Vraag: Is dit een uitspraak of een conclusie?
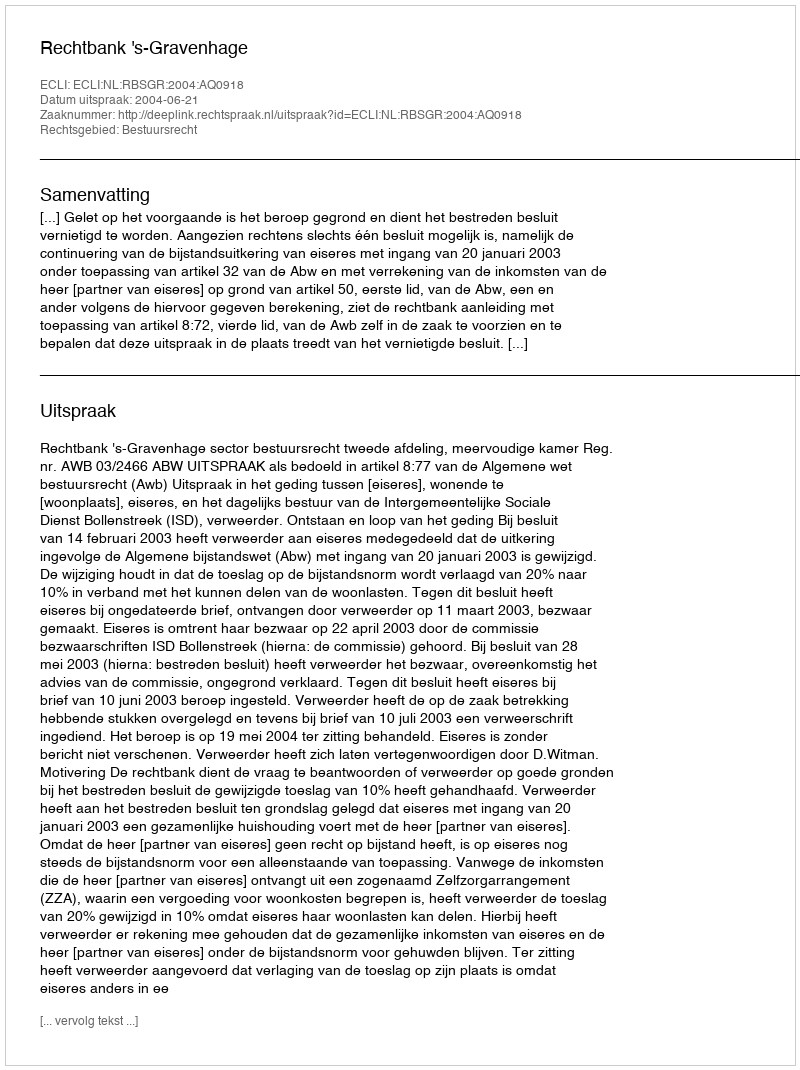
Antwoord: Uitspraak